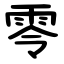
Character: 零